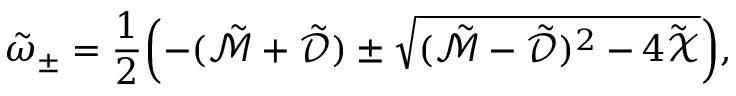
\tilde { \omega } _ { \pm } = \frac { 1 } { 2 } \mathopen { } \mathclose \bgroup \mathopen { } \mathclose \bgroup \mathopen { } \mathclose \bgroup \mathopen { } \mathclose \bgroup \mathopen { } \mathclose \bgroup \mathopen { } \mathclose \bgroup \mathopen { } \mathclose \bgroup \mathopen { } \mathclose \bgroup \mathopen { } \mathclose \bgroup \mathopen { } \mathclose \bgroup \left( - ( \tilde { \mathcal { M } } + \tilde { \mathcal { D } } ) \pm \sqrt { ( \tilde { \mathcal { M } } - \tilde { \mathcal { D } } ) ^ { 2 } - 4 \tilde { \mathcal { X } } } \aftergroup \egroup \aftergroup \egroup \aftergroup \egroup \aftergroup \egroup \aftergroup \egroup \aftergroup \egroup \aftergroup \egroup \aftergroup \egroup \aftergroup \egroup \aftergroup \egroup \right) ,